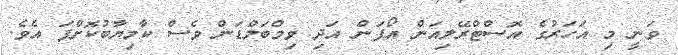
ވަނީ މި އަހަރުގެ އޮސްޓްރޭލިއަން އޯޕަން އަދި ވިމްބަލްޑަން ވެސް ކާމިޔާބުކޮށްފަ އެވެ.